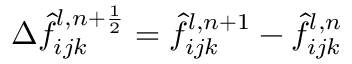
\Delta \hat { f } _ { i j k } ^ { l , n + \frac { 1 } { 2 } } = \hat { f } _ { i j k } ^ { l , n + 1 } - \hat { f } _ { i j k } ^ { l , n }